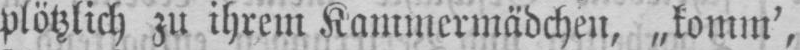
plötzlich zu ihrem Kammermädchen, „komm’,